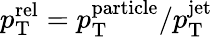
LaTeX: p_{\mathrm{T}}^{\mathrm{rel}}=p_{\mathrm{T}}^{\mathrm{particle}}/p_{\mathrm{T}}^{\mathrm{jet}}